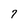
Character: 7